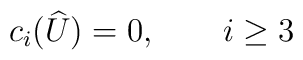
c_{i}(\widehat{U})=0, \qquad i\geq3